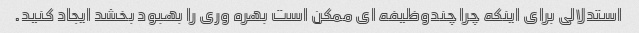
استدلالی برای اینکه چرا چندوظیفه ای ممکن است بهره وری را بهبود بخشد ایجاد کنید.